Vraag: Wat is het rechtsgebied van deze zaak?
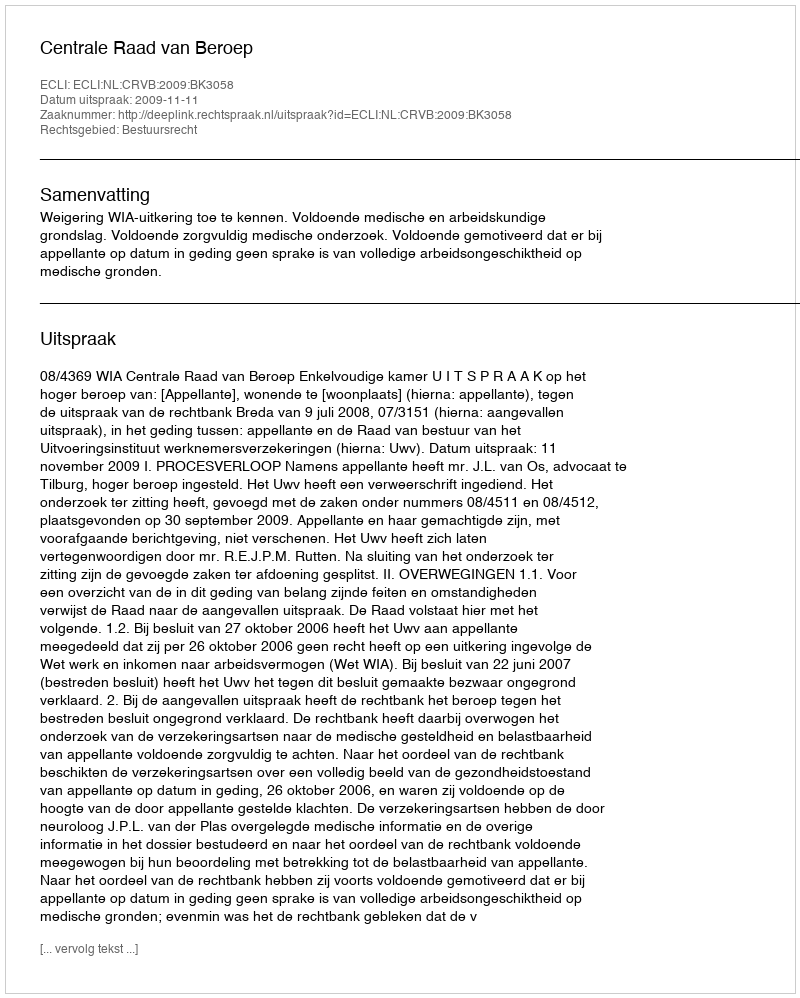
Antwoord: Bestuursrecht